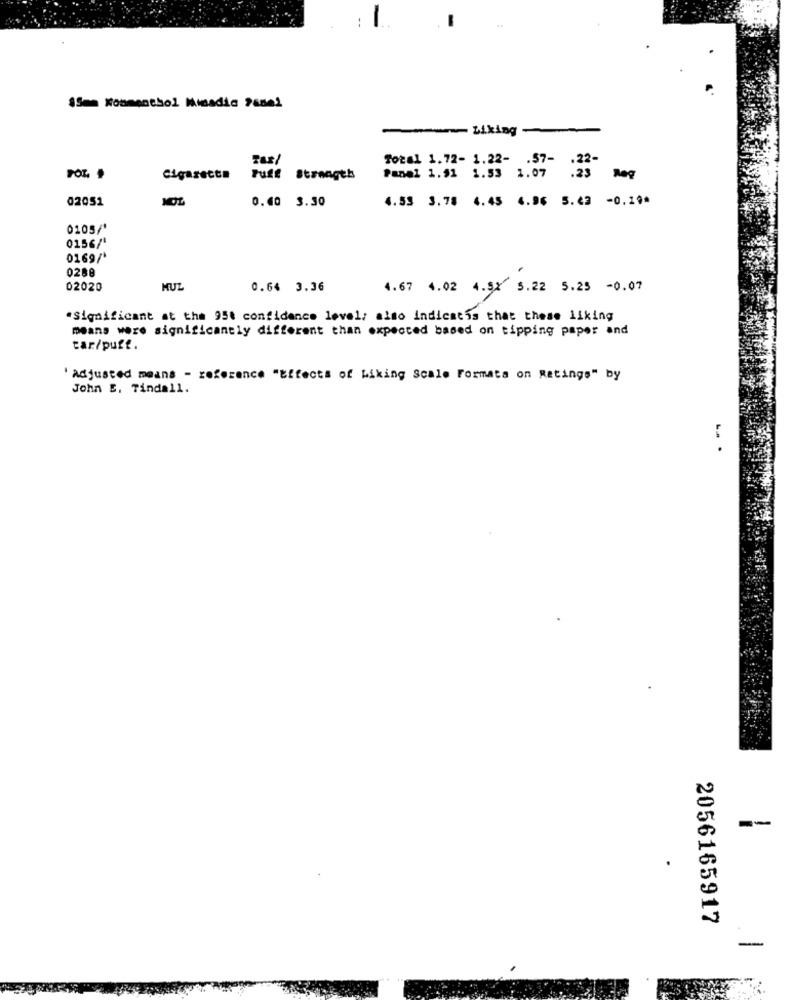
ISmm Koomenthol Minadic 26de1
Liking
Total 1.72- 1.22- . 57-
.22-
POL ,
Cigaretta
Puff Strength
Panel 1.51 1.53 1.07
.23 Mq
MOL
02051
0.40 3.30
4.53 3.78 4.45 6.96 5.43 -0.19*
0105/*
0156/'
0169/*
0288
02020
MUZ
0.64 3.36
4.67 4.02 4.5X 5.22 5.25 -0.07
"Significant at the 95t confidence level; also indicatis that these liking
means were significantly different than expected based on tipping paper and
tar/puff.
'Adjusted means - reference "Effects of Liking Scale Formats on Ratings" by
John E. Tindall.
-. .
2056165917